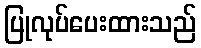
ပြုလုပ်ပေးထားသည်